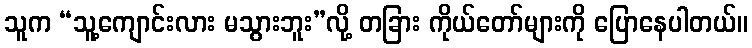
သူက “သူ့ကျောင်းလား မသွားဘူး”လို့ တခြား ကိုယ်တော်များကို ပြောနေပါတယ်။